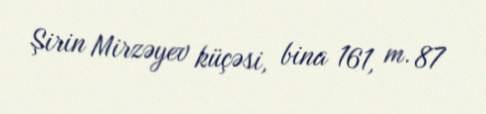
Şirin Mirzəyev küçəsi, bina 161, m. 87